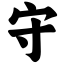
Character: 守